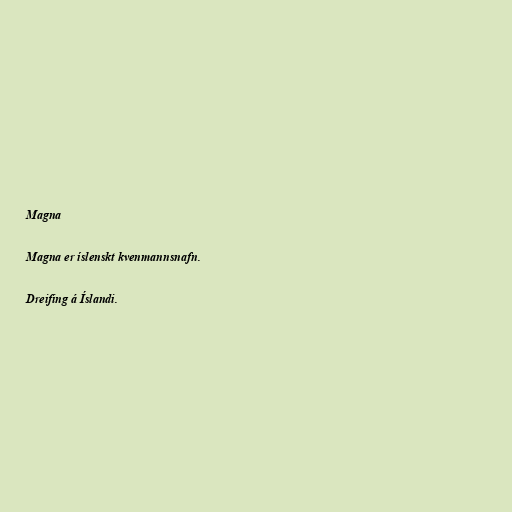
Magna

Magna er íslenskt kvenmannsnafn.

Dreifing á Íslandi.